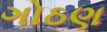
ગોઠણ